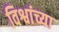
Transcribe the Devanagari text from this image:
विश्वांच्या